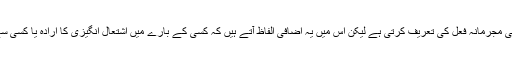
سیکشن/ دفعہ ۱۳۱ دفعہ ۶۱ کی طرح ہی مجرمانہ فعل کی تعریف کرتی ہے لیکن اس میں یہ اضافی الفاظ آتے ہیں کہ کسی کے بارے میں اشتعال انگیزی کا ارادہ یا کسی سے خلاف بدنیتی یا ارادہ توہین شامل ہیں۔